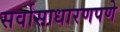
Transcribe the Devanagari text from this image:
सर्वासाधारणपणे